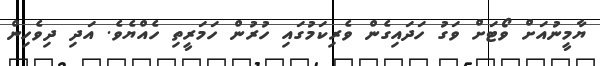
ޔާމީނުއަށް ވޯޓަށް ވަގު ހަދައިގެން ވެރިކަމުގައި ހުރުން ހަމަރީތި ހެެއްޔެވެ. އަދި ދިވެހިން